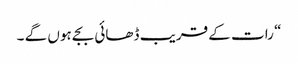
“ رات کے قریب ڈھائی بجے ہوں گے ۔